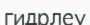
гидрлеу